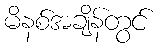
မိနစ်အချိန်တွင်